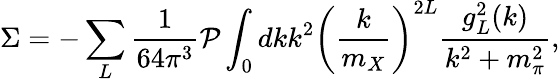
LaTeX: \Sigma=-\sum_{L}{\frac{1}{64\pi^{3}}}{\cal P}\int_{0}{dkk^{2}}\left({\frac{k}{m_{X}}}\right)^{2L}{\frac{g_{L}^{2}(k)}{{k^{2}+m_{\pi}^{2}}}},